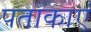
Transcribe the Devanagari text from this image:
पताकाएं